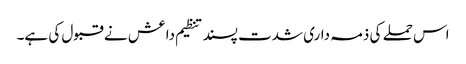
اس حملے کی ذمہ داری شدت پسند تنظیم داعش نے قبول کی ہے۔